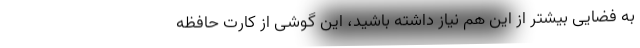
به فضایی بیشتر از این هم نیاز داشته باشید، این گوشی از کارت حافظه